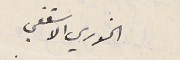
الخوري الاسقفي